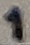
Text: 1